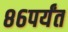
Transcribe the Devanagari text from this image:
८६पर्यंत